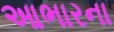
આભારના